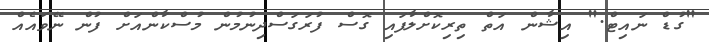
"ގުޑް ނައިޓް." އިޝާން އަތް ތިރިކޮށްލާފައި ގޮސް ފުރަގަސްދިނުމުން މުސްކާންއަށް ފުން ނޭވައެއް